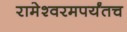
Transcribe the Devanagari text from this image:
रामेश्वरमपर्यंतच